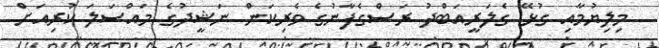
މިލިޔުމާއި ގުޅޭ ގެލަރީއަބްދު ރަސްގެފާނުގެ ވެރިކަން ނަޝީދުގެ މައްސަލަ ކުރިއަށް